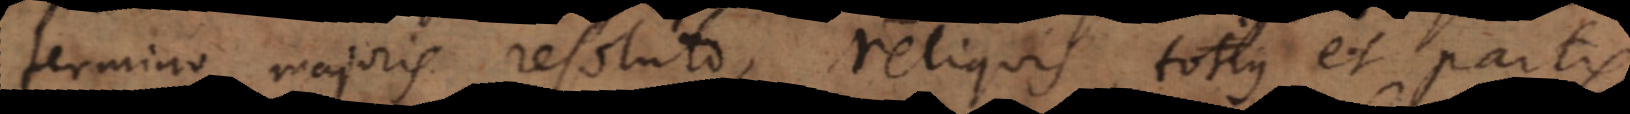
termino majoris resoluto, reliquis totius et partis